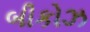
બીકોઝ